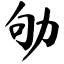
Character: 劬